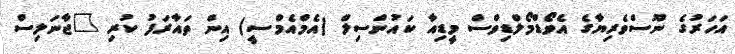
އަހަރުގެ ނޫސްވެރިޔާގެ އެވޯޑްމޯލްޑިވްސް މީޑިއާ ކައުންސިލް (އެމްއެމްސީ) އިން ތައާރަފު ކުރި "ޖާނަލިސް